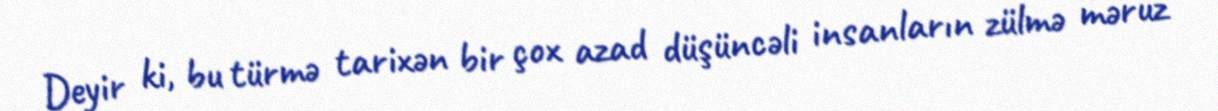
Deyir ki, bu türmə tarixən bir çox azad düşüncəli insanların zülmə məruz